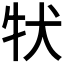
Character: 𤘲